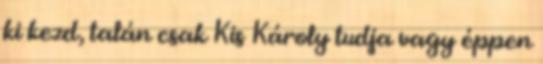
ki kezd, talán csak Kis Károly tudja vagy éppen